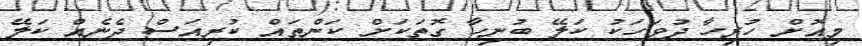
މިއޮށް ހުރިހާ ދުވަހަކު ކަލޭ ބުނިހާ ގޮތަކަށް ކަންތައް ކުރިއަސް ދެނެއް ކަލޭ